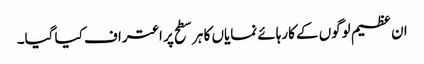
ان عظیم لوگوں کے کارہائے نمایاں کا ہر سطح پر اعتراف کیا گیا۔